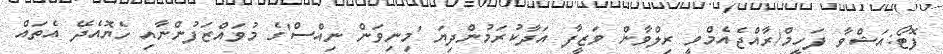
ފޮޓޯ:އަޝްވާ ފަހީމް/ރާއްޖެއެމްވީ ރިލްވާން ވަޒީފާ އަދާކުރަމުންދިޔަ 'މިނިވަން ނިއްސް'ގެ މުވައްޒަފުންނާއި ހެޔޮއެދޭ އެތައް